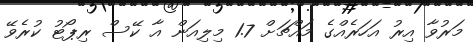
މަރުވާ އިރު އަހަރެއްގެ މައްޗަށް 1.7 މިލިއަން އާ ކޭސް ރިޕޯޓު ކުރެވޭ